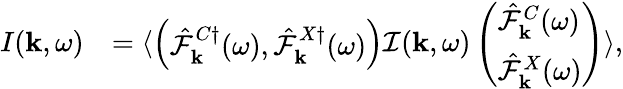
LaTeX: \begin{array}{rl}{I({\mathbf k},\omega)}&{=\langle\left(\begin{array}{l}{\hat{\mathcal{F}}_{{\mathbf k}}^{C\dagger}(\omega),\hat{\mathcal{F}}_{{\mathbf k}}^{X\dagger}(\omega)}\end{array}\right)\mathcal{I}({\mathbf k},\omega)\left(\begin{array}{l}{\hat{\mathcal{F}}_{{\mathbf k}}^{C}(\omega)}\\ {\hat{\mathcal{F}}_{{\mathbf k}}^{X}(\omega)}\end{array}\right)\rangle,}\end{array}